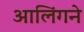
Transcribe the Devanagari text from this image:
आलिंगने